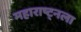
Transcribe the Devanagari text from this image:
महाराष्ट्नला